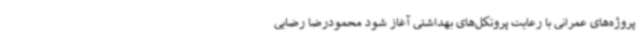
پروژه‌های عمرانی با رعایت پروتکل‌های بهداشتی آغاز شود محمودرضا رضایی